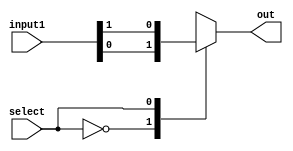
module multiplexer_2to1_cases(out, input1, select);


output reg out;
input [1:0]input1;
input select;


always @(*)
  casex (select)
    1'b0: out = input1[0];
    1'b1: out = input1[1];
    default: out = 1'bx;
  endcase

endmodule


module multiplexer_2to1_cases_test;

  //inputs
  reg [1:0]input1;
  reg select;

  //outputs
  wire out;

  //instantiat unit under test
  multiplexer_2to1_cases mp(.out(out), .input1(input1), .select(select));

  initial begin
  
    input1 = 2'b00;  select = 1'b0;
  
  end

    always #1 input1 = input1 + 1;

    always #2  select = select + 1;

  initial begin
    $dumpfile("multiplexer_2to1_cases.vcd");
    $dumpvars(0, multiplexer_2to1_cases_test);
    $monitor("time=%g,out =%b,a=%b,b=%b", $time, out, input1, select);
  end
  initial #20 $finish; 


endmodule